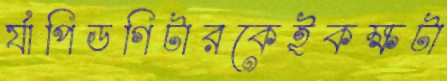
র‍্যাপিডগিটারকেইকক্ষটা